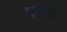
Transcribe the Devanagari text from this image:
एभ्यो